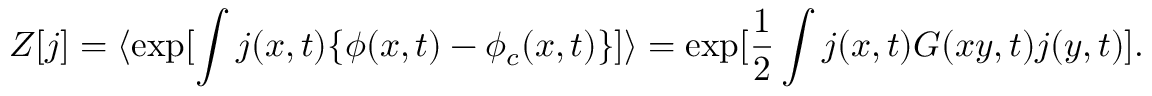
Z [ j ] = \langle \exp [ \int j ( x , t ) \{ \phi ( x , t ) - \phi _ { c } ( x , t ) \} ] \rangle = \exp [ \frac { 1 } { 2 } \int j ( x , t ) G ( x y , t ) j ( y , t ) ] .